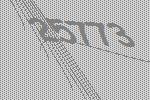
25773